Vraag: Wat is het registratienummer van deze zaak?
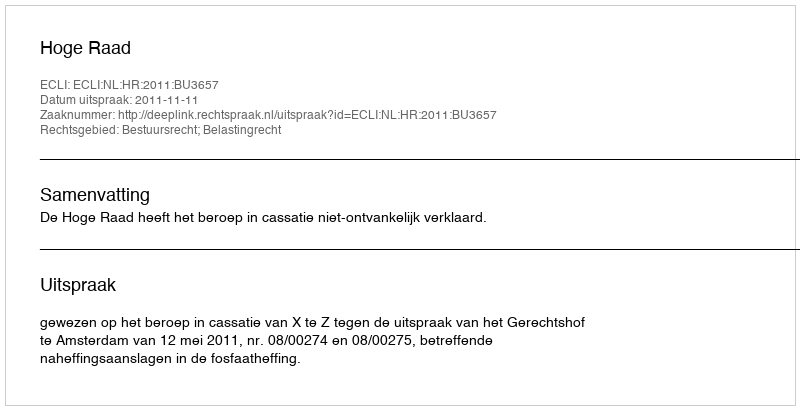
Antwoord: http://deeplink.rechtspraak.nl/uitspraak?id=ECLI:NL:HR:2011:BU3657